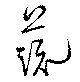
蔬